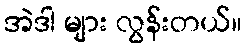
အဲဒါ များ လွန်းတယ်။